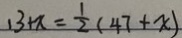
1 3 + x = \frac { 1 } { 2 } ( 4 7 + x )